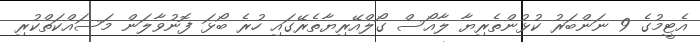
އެޓީމުގެ 9 ނަންބަރު ކުޅުންތެރިޔާ ލާއޯސް ގޯލްއޭރިޔާތެރޭގައި ހުރެ ބޯޅަ ފޮނުވާލަން މަސައްކަތްކުރި